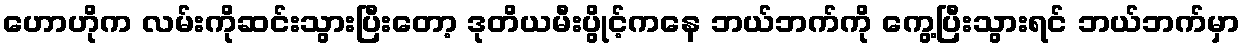
ဟောဟိုက လမ်းကိုဆင်းသွားပြီးတော့ ဒုတိယမီးပွိုင့်ကနေ ဘယ်ဘက်ကို ကွေ့ပြီးသွားရင် ဘယ်ဘက်မှာ